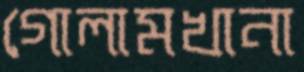
গোলামখানা